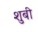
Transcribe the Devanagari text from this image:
शुबी